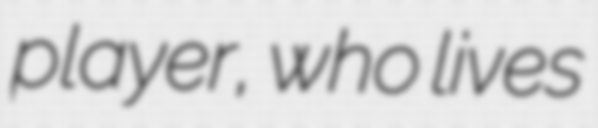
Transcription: player, who lives